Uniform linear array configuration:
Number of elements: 32
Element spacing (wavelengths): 0.75
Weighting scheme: hamming
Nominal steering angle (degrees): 0
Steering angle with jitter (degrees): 0.6806
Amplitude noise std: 0.05
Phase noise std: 0.05

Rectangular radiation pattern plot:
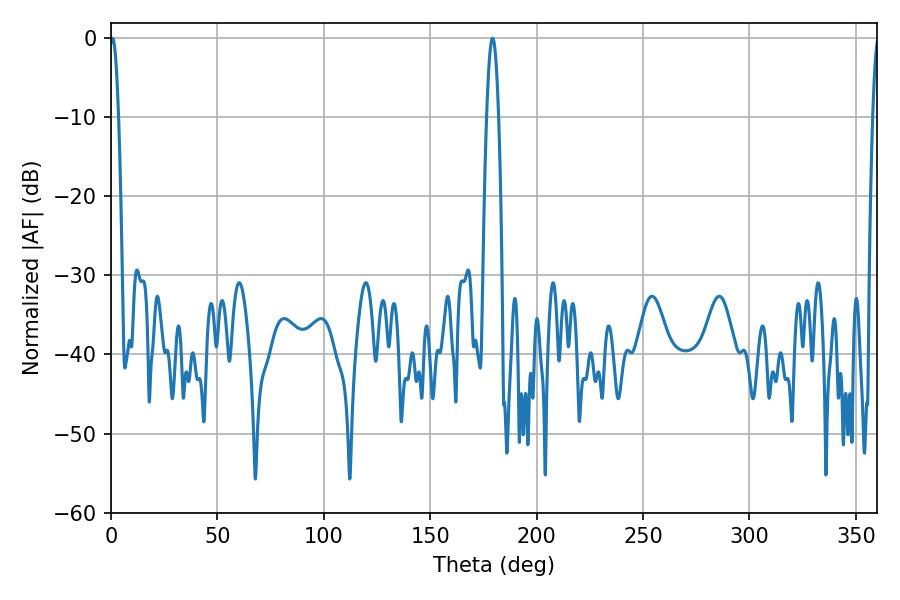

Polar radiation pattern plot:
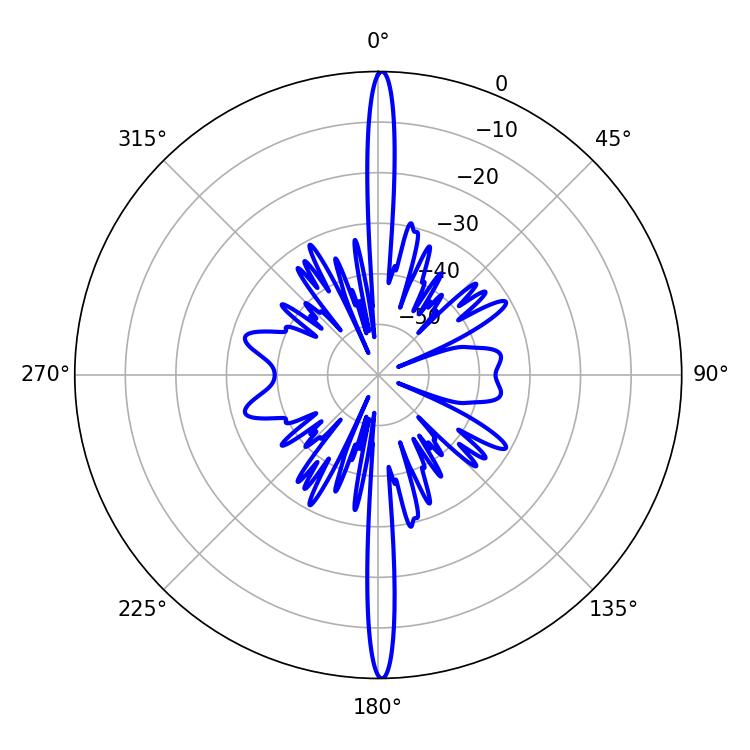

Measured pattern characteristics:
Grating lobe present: TRUE
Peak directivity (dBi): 31.214
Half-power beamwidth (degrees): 2.88
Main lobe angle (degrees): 179.28